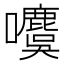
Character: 𰉋